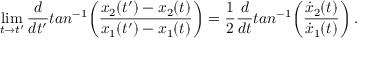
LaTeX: \operatorname * { l i m } _ { t \rightarrow t ^ { \prime } } { \frac { d } { d t ^ { \prime } } } t a n ^ { - 1 } \biggl ( { \frac { x _ { 2 } ( t ^ { \prime } ) - x _ { 2 } ( t ) } { x _ { 1 } ( t ^ { \prime } ) - x _ { 1 } ( t ) } } \biggr ) = { \frac { 1 } { 2 } } { \frac { d } { d t } } t a n ^ { - 1 } \biggl ( { \frac { { \dot { x } } _ { 2 } ( t ) } { { \dot { x } } _ { 1 } ( t ) } } \biggr ) \, .